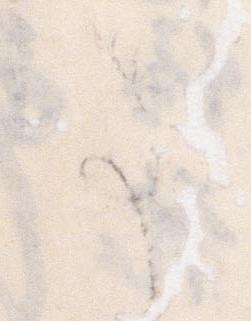
た